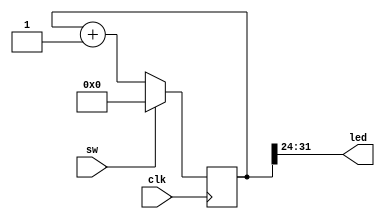
module counter (clk, sw, led);
input          clk;
input  [0:0]   sw;
output [7:0] led;

reg [63:0] counter;
wire [7:0] led = counter[31:24];


always @(posedge clk)
    if (sw[0:0])     counter <= 0;
    else            counter <= counter + 1;

endmodule